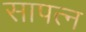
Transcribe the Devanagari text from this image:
सापत्‍न